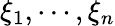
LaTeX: \xi_{1},\cdots,\xi_{n}